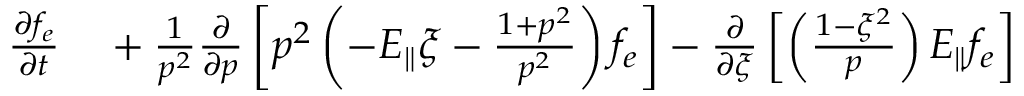
\begin{array} { r l } { \frac { \partial f _ { e } } { \partial t } } & { { } + \frac { 1 } { p ^ { 2 } } \frac { \partial } { \partial p } \left[ p ^ { 2 } \left( - E _ { \Vert } \xi - \frac { 1 + p ^ { 2 } } { p ^ { 2 } } \right) f _ { e } \right] - \frac { \partial } { \partial \xi } \left[ \left( \frac { 1 - \xi ^ { 2 } } { p } \right) E _ { \Vert } f _ { e } \right] } \end{array}